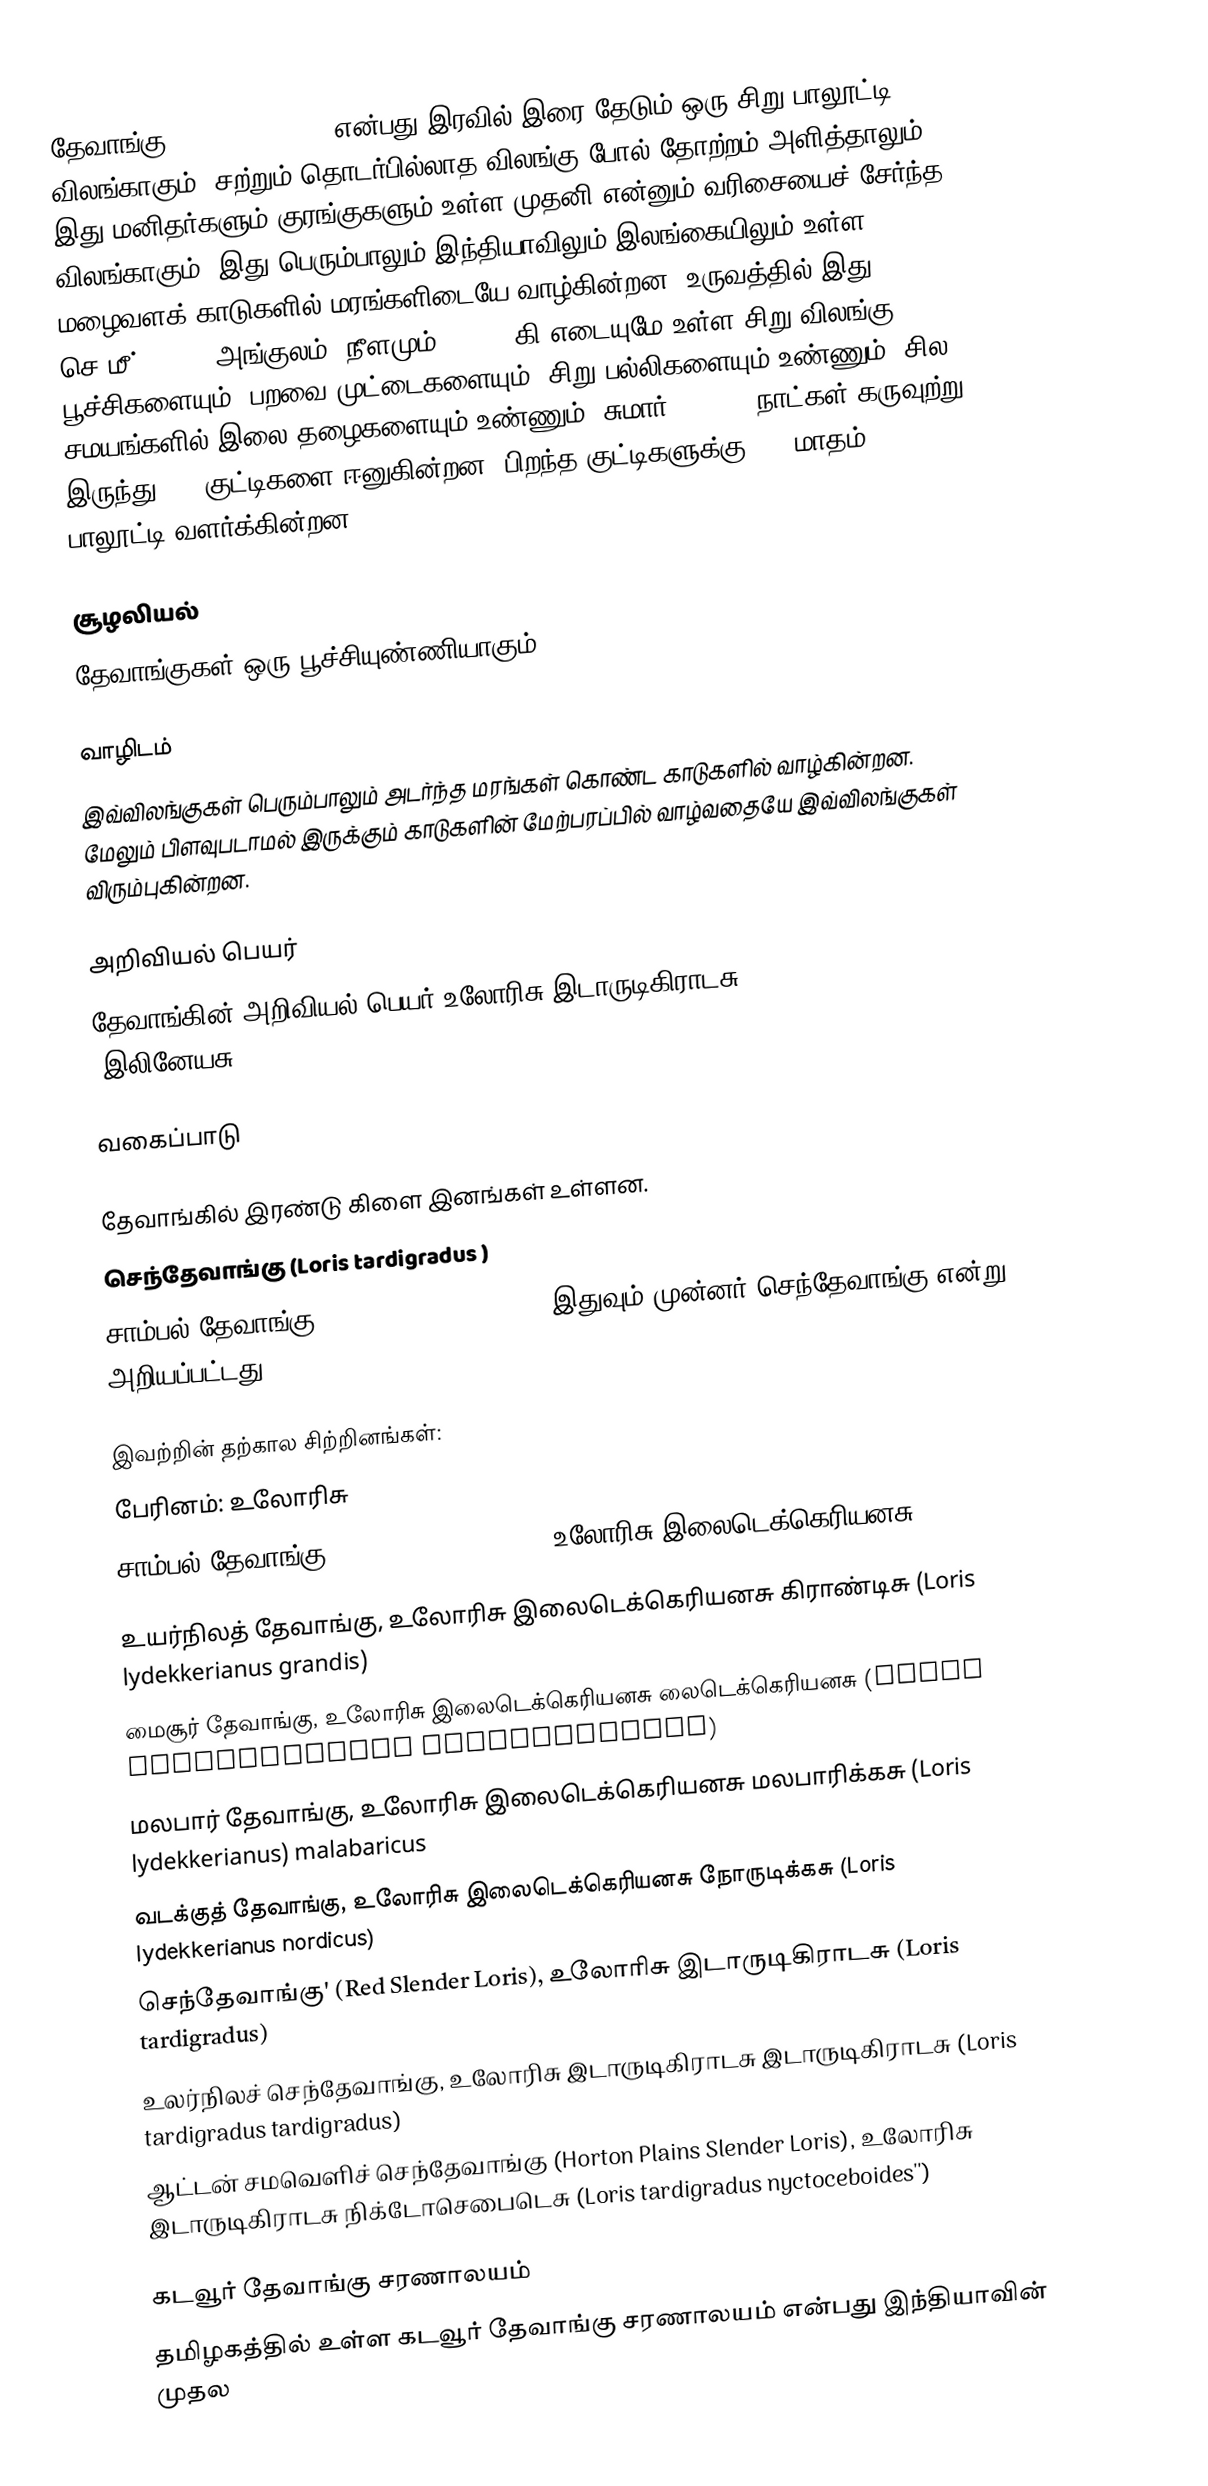
தேவாங்கு (Slender loris) என்பது இரவில் இரை தேடும் ஒரு சிறு பாலூட்டி விலங்காகும். சற்றும் தொடர்பில்லாத விலங்கு போல் தோற்றம் அளித்தாலும், இது மனிதர்களும் குரங்குகளும் உள்ள முதனி என்னும் வரிசையைச் சேர்ந்த விலங்காகும். இது பெரும்பாலும் இந்தியாவிலும் இலங்கையிலும் உள்ள மழைவளக் காடுகளில் மரங்களிடையே வாழ்கின்றன. உருவத்தில் இது 18-26 செ.மீ் ( 7-10 அங்குலம்) நீளமும் 85-350 கி எடையுமே உள்ள சிறு விலங்கு. பூச்சிகளையும், பறவை முட்டைகளையும், சிறு பல்லிகளையும் உண்ணும். சில சமயங்களில் இலை தழைகளையும் உண்ணும். சுமார் 166-169 நாட்கள் கருவுற்று இருந்து 1-2 குட்டிகளை ஈனுகின்றன. பிறந்த குட்டிகளுக்கு 6-7 மாதம் பாலூட்டி வளர்க்கின்றன.

சூழலியல்
தேவாங்குகள் ஒரு பூச்சியுண்ணியாகும்.

வாழிடம்
இவ்விலங்குகள் பெரும்பாலும் அடர்ந்த மரங்கள் கொண்ட காடுகளில் வாழ்கின்றன. மேலும் பிளவுபடாமல் இருக்கும் காடுகளின் மேற்பரப்பில் வாழ்வதையே இவ்விலங்குகள் விரும்புகின்றன.

அறிவியல் பெயர்
தேவாங்கின் அறிவியல் பெயர் உலோரிசு இடாருடிகிராடசு (Loris tardigradus) (இலினேயசு, 1758)

வகைப்பாடு

தேவாங்கில் இரண்டு கிளை இனங்கள் உள்ளன.
செந்தேவாங்கு (Loris tardigradus )
சாம்பல் தேவாங்கு (Loris lydekkerianus) (இதுவும் முன்னர் செந்தேவாங்கு என்று அறியப்பட்டது)

இவற்றின் தற்கால சிற்றினங்கள்:
 பேரினம்: உலோரிசு
 சாம்பல் தேவாங்கு (Gray Slender Loris), உலோரிசு இலைடெக்கெரியனசு (Loris lydekkerianus)
 உயர்நிலத் தேவாங்கு, உலோரிசு இலைடெக்கெரியனசு கிராண்டிசு (Loris lydekkerianus grandis)
 மைசூர் தேவாங்கு, உலோரிசு இலைடெக்கெரியனசு லைடெக்கெரியனசு (Loris lydekkerianus lydekkerianus)
 மலபார் தேவாங்கு, உலோரிசு இலைடெக்கெரியனசு மலபாரிக்கசு (Loris lydekkerianus) malabaricus
 வடக்குத் தேவாங்கு, உலோரிசு இலைடெக்கெரியனசு நோருடிக்கசு (Loris lydekkerianus nordicus)
 செந்தேவாங்கு' (Red Slender Loris), உலோரிசு இடாருடிகிராடசு (Loris tardigradus)
 உலர்நிலச் செந்தேவாங்கு, உலோரிசு இடாருடிகிராடசு இடாருடிகிராடசு (Loris tardigradus tardigradus)
 ஆட்டன் சமவெளிச் செந்தேவாங்கு (Horton Plains Slender Loris), உலோரிசு இடாருடிகிராடசு நிக்டோசெபைடெசு (Loris tardigradus nyctoceboides'')

கடவூர் தேவாங்கு சரணாலயம்
தமிழகத்தில் உள்ள கடவூர் தேவாங்கு சரணாலயம் என்பது இந்தியாவின் முதல